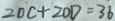
2 0 C + 2 0 D = 3 6